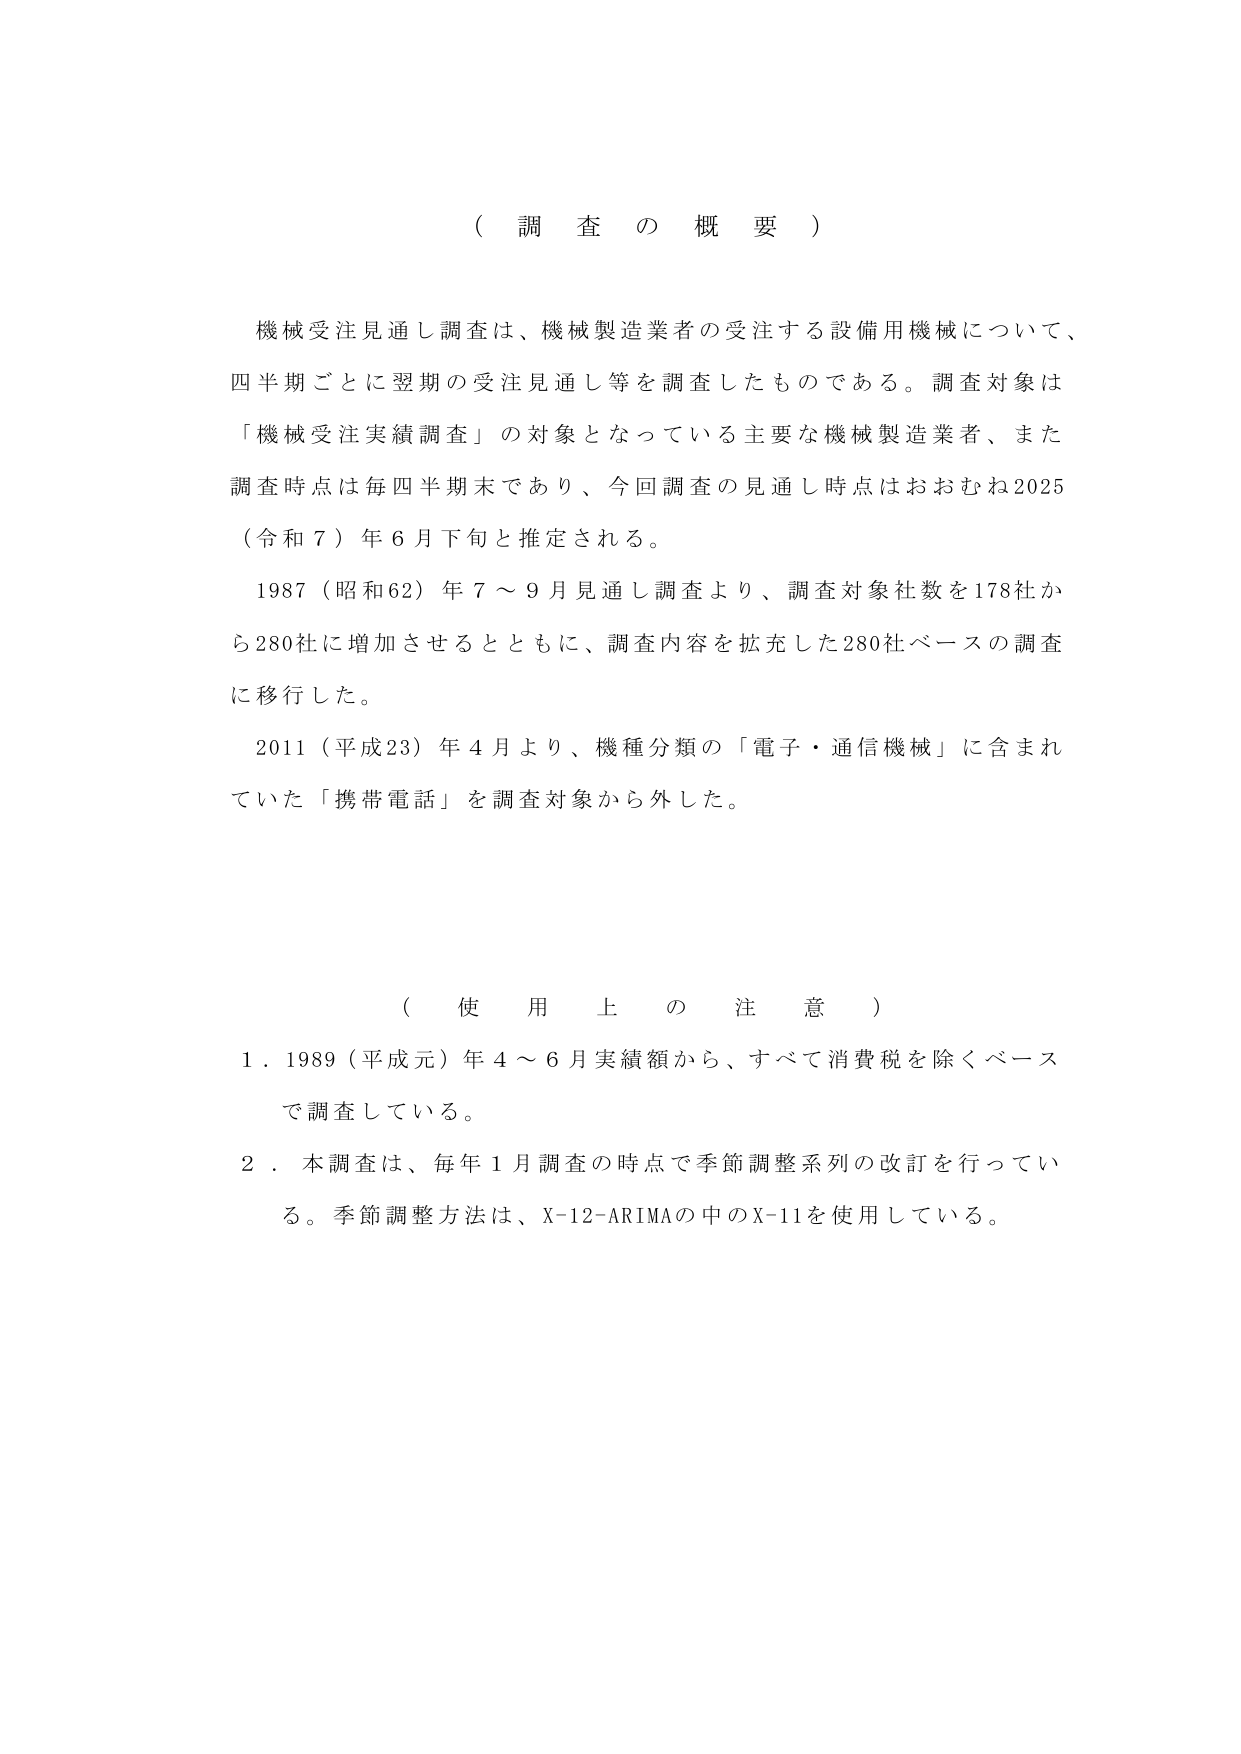
（ 調 査 の 概 要 ）

機械受注見通し調査は、機械製造業者の受注する設備用機械について、
四半期ごとに翌期の受注見通し等を調査したものである。調査対象は
「機械受注実績調査」の対象となっている主要な機械製造業者、また
調査時点は毎四半期末であり、今回調査の見通し時点はおおむね2025
（令和７）年６月下旬と推定される。

1987（昭和62）年７～９月見通し調査より、調査対象社数を178社か
ら280社に増加させるとともに、調査内容を拡充した280社ベースの調査
に移行した。

2011（平成23）年４月より、機種分類の「電子・通信機械」に含まれ
ていた「携帯電話」を調査対象から外した。

（ 使 用 上 の 注 意 ）

１．1989（平成元）年４～６月実績額から、すべて消費税を除くベース
で調査している。

２．本調査は、毎年１月調査の時点で季節調整系列の改訂を行ってい
る。季節調整方法は、X-12-ARIMAの中のX-11を使用している。